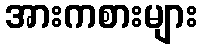
အားကစားများ